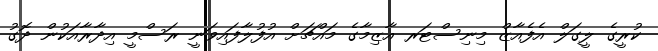
ކުރީގެ ލީގަލް އެފެއާޒް މިނިސްޓަރ އާޒިމާގެ މައްޗަށް އުފުލާފައިވަނީ ރަސްމީ އިދާރާއަކުން ދޮގު